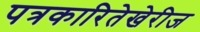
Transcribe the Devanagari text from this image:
पत्रकारितेखेरीज